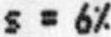
S = 6%